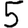
Digit: 5